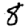
Digit: 8